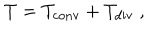
T = T _ { \mathrm { c o n v } } + T _ { \mathrm { d i v } } \ ,